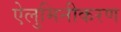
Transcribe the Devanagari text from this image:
ऐलुमिनीकरण